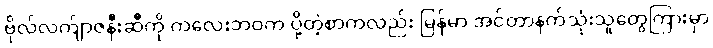
ဗိုလ်လက်ျာဇနီးဆီကို ကလေးဘဝက ပို့တဲ့စာကလည်း မြန်မာ အင်တာနက်သုံးသူတွေကြားမှာ